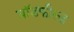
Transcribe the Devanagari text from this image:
ब्रॉडफील्ड